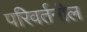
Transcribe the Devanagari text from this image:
परिवर्तनील